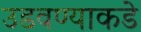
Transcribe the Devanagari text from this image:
उडवण्याकडे